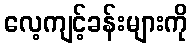
လေ့ကျင့်ခန်းများကို